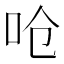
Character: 呛